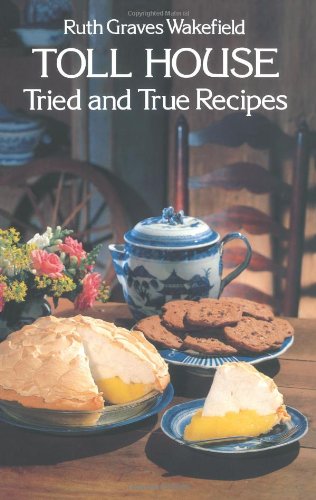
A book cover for Toll House Tried and True Recipes; Ruth Graves Wakefield; Cookbooks, Food & Wine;